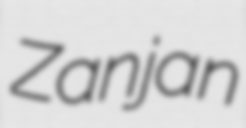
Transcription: Zanjan